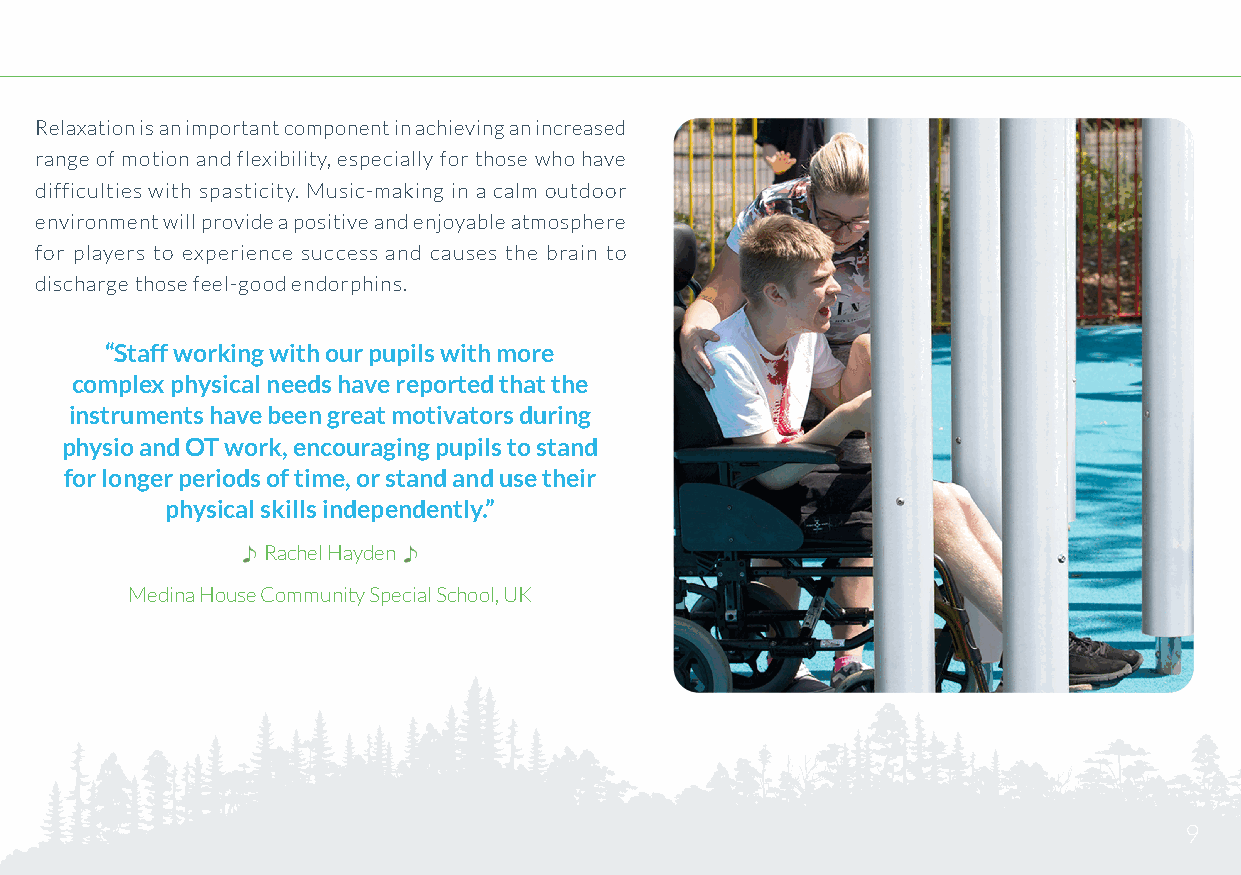
Relaxation is an important component in achieving an increased
 range of motion and flexibility, especially for those who have
 difficulties with spasticity. Music-making in a calm outdoor
 environment will provide a positive and enjoyable atmosphere
 for players to experience success and causes the brain to
 discharge those feel-good endorphins.
 “Staff working with our pupils with more
 complex physical needs have reported that the
 instruments have been great motivators during
 physio and OT work, encouraging pupils to stand
 for longer periods of time, or stand and use their
 physical skills independently.”
 Rachel Hayden
 Medina House Community Special School, UK
 9